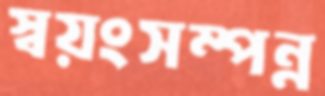
স্বয়ংসম্পন্ন